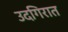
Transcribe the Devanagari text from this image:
उदगिरात